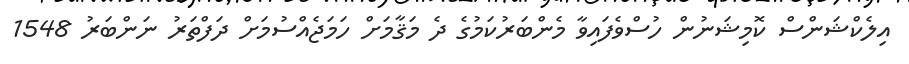
އިލެކްޝަންސް ކޮމިޝަނުން ހުސްވެފައިވާ މެންބަރުކަމުގެ ދެ މަޤާމަށް ހަމަޖެއްސުމަށް ދަފްތަރު ނަންބަރު 1548